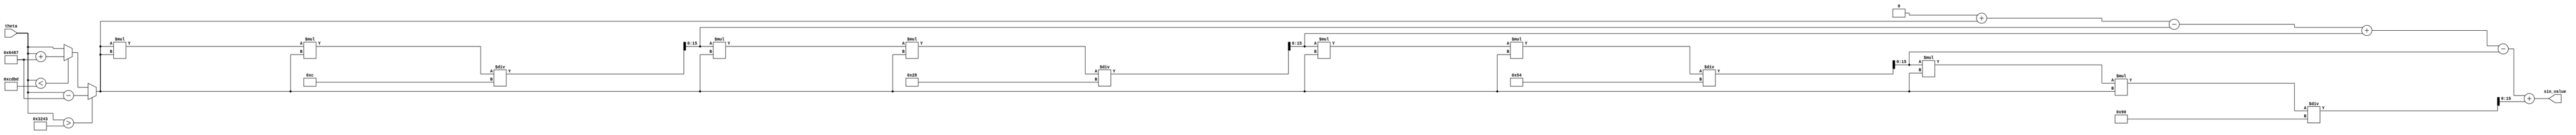
module sine_function (
    input wire [15:0] theta,  // Angle input in radians (fixed-point representation)
    output reg [15:0] sin_value // Sine output (fixed-point representation)
);
    // Constants
    parameter PI = 16'h3243; // Approximation of  in fixed-point (16 bits)
    parameter TWO_PI = 16'h6487; // Approximation of 2 in fixed-point (16 bits)
    
    // Taylor series coefficients for sine function
    reg [15:0] x; // Normalized angle
    reg [15:0] term; // Current term in the Taylor series
    reg [15:0] sum; // Accumulated sum of the series
    integer i; // Loop index
    
    // Normalize the angle to the range [-, ]
    always @(*) begin
        if (theta > PI) begin
            x = theta - TWO_PI; // Normalize to [-, ]
        end else if (theta < -PI) begin
            x = theta + TWO_PI; // Normalize to [-, ]
        end else begin
            x = theta;
        end
        
        // Initialize sum and first term
        sum = 16'h0000; // Start with 0
        term = x; // First term is x
        
        // Compute sine using Taylor series expansion
        for (i = 1; i <= 5; i = i + 1) begin // Using 5 terms for approximation
            if (i % 2 == 1) begin
                sum = sum + term; // Add odd indexed terms
            end else begin
                sum = sum - term; // Subtract even indexed terms
            end
            
            // Calculate the next term: term = term * x^2 / (2*i*(2*i+1))
            term = (term * x * x) / (16'h0002 * (2*i) * (2*i + 1)); // Fixed-point division
        end
        
        // Assign the computed sine value to the output
        sin_value = sum;
    end
endmodule